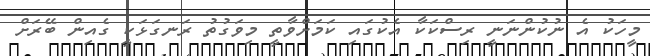
މީހަކު އެ ނުކުންނަނީ ރިސްކަކާ އެކުގައި ކަމަށްވާތީ މިވަގުތު ރަނގަޅަކީ ގެއިން ބޭރަށް